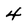
Character: 4